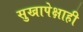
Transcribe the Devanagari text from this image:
सुखापेक्षाही